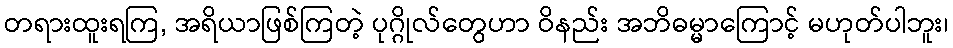
တရားထူးရကြ, အရိယာဖြစ်ကြတဲ့ ပုဂ္ဂိုလ်တွေဟာ ဝိနည်း အဘိဓမ္မာကြောင့် မဟုတ်ပါဘူး၊